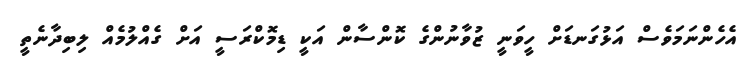
އެހެންނަމަވެސް އަޅުގަނޑަށް ހީވަނީ ޒުވާނުންގެ ކޮންސާން އަކީ ޑިމޮކްރަސީ އަށް ގެއްލުމެއް ލިބިދާނެތީ